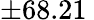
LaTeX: \pm 68.21\